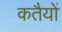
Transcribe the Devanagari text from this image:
कतैयों